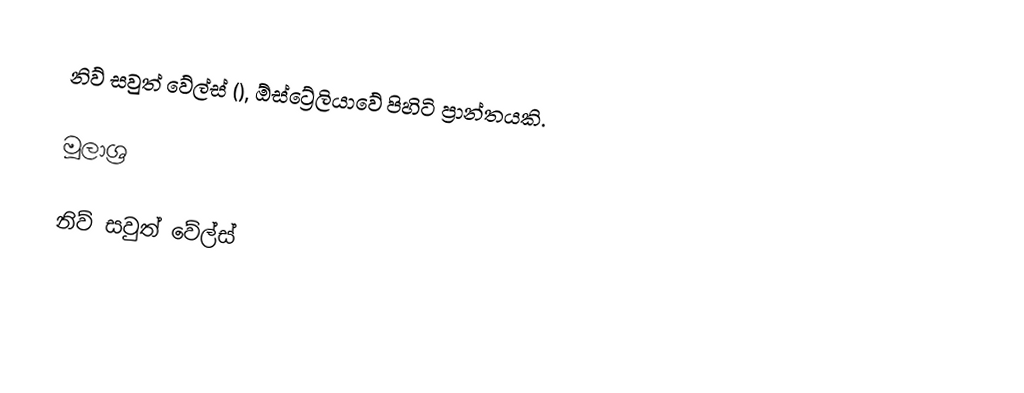
නිව් සවුත් වේල්ස් (), ඕස්ට්‍රේලියාවේ පිහිටි ප්‍රාන්තයකි.

මූලාශ්‍ර

නිව් සවුත් වේල්ස්